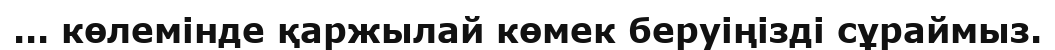
... көлемінде қаржылай көмек беруіңізді сұраймыз.